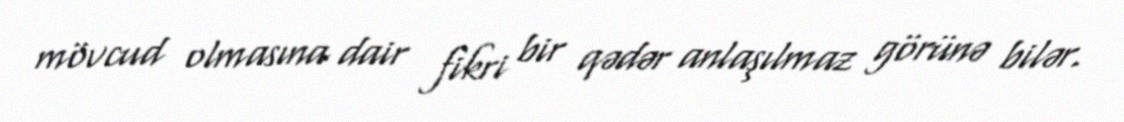
mövcud olmasına dair fikri bir qədər anlaşılmaz görünə bilər.